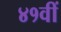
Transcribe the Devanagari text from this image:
४१वीं